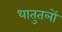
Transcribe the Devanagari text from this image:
धातुतलों